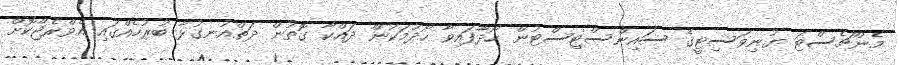
މެންޗެސްޓަ ޔުނިވަސިޓީގެ ސައިންސްޓިސްޓުން ހޯދާފައިވާ ހޯދުމަކުން ދައްކާ ގޮތުން ދަތްއުނގުޅާ ބުރުހެއްގައި އެވްރެޖްކޮށް